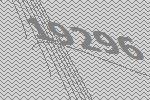
19296